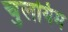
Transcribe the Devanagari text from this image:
चुलयिम